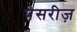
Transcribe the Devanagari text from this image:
पेसरीज़